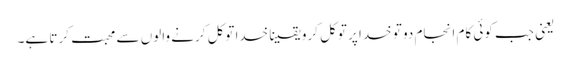
‌ یعنی جب کوئی کام انجام دو تو خدا پر توکل کرو یقینا خدا توکل کرنے والوں سے محبت کرتا ہے۔